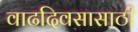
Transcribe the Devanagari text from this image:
वाढदिवसासाठी